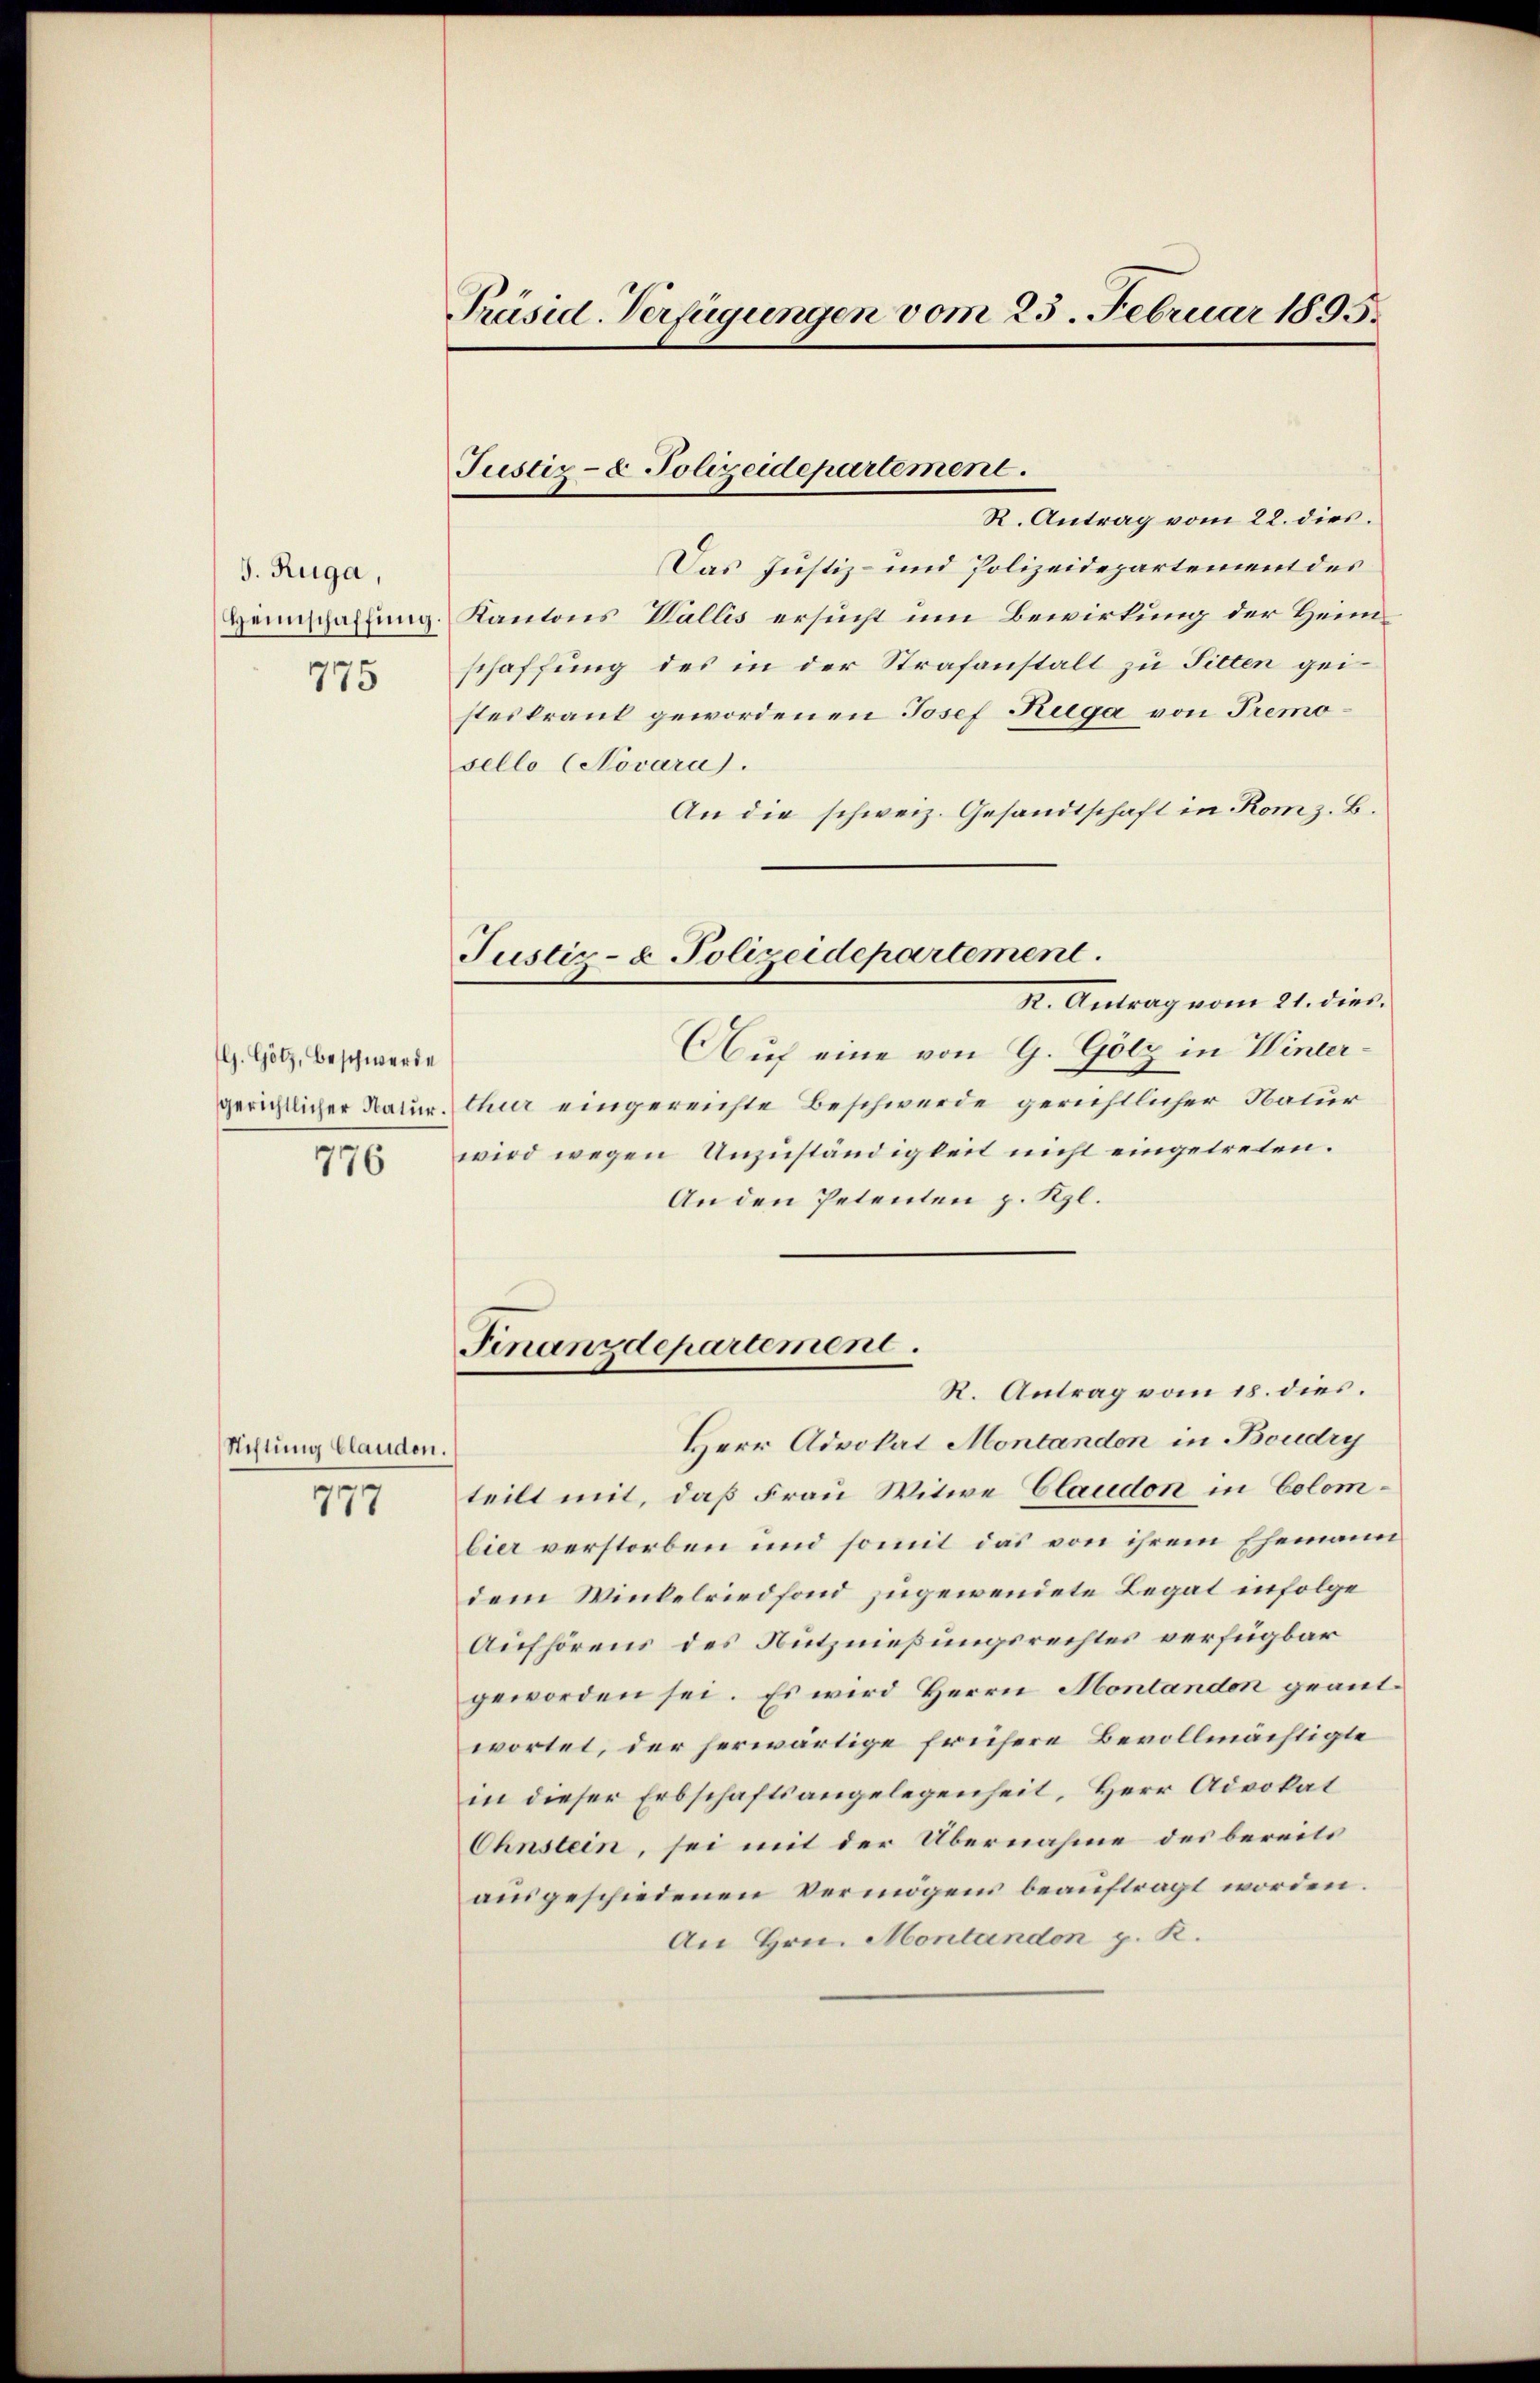
J. Ruga,
Heimschaffung
775

G. Götz, Beschwerde
gerichtlicher Natur

776

Stiftung Clauden.

777

Präsid-Verfügungen vom 25. Februar 1895.

Justiz- & Polizeidepartement.

Justiz- & Polizeidepartement
R. Antrag vom 21. dies.

R. Antrag vom 22. dies
Das Justiz- und Polizeidepartement des
Kantons Wallis ersucht um Bewirkung der Heimschaffung des in der Strafanstalt zu Silten geisteskrant gewordenen Josef Ruga von Tremosello Novara).
An die schweiz. Gesandtschaft in Rom z. B.
Auf eine von G. Gölz in Winterthur eingereichte Beschwerde gerichtlicher Natur
wird wegen Unzuständigkeit nicht eingetreten.
An den Petenten p. Kzl.
Finanzdepartement.
R. Antrag vom 18. dies.
Herr Advokat Montandon in Boudry
teilt mit, daß Frau Witwe Claudon in Colombier verstorben und somit das von ihrem Ehemann
dem Winkelriedfond zugewendete Legat infolge
Aufhörens des Nutznießungsrechtes verfügbar
geworden sei. Es wird Herrn Montanden geantwortet, der herwärtige frühere Bevollmächtigte
in dieser Erbschaftsangelegenheit, Herr Advokat
Ohnstein, sei mit der Übernahme des bereits
ausgeschiedenen Vermögens beauftragt worden.
An Hrn. Montandon p. K.